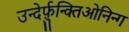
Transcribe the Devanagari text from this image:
उन्देर्फ़ुन्क्तिओनिन्ग